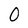
Character: O